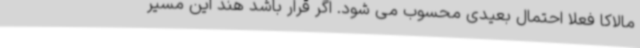
مالاکا فعلا احتمال بعیدی محسوب می شود. اگر قرار باشد هند این مسیر